Plague in India, 1896, 1897 - Volume 2
Year: 1896
Disease focus: Plague
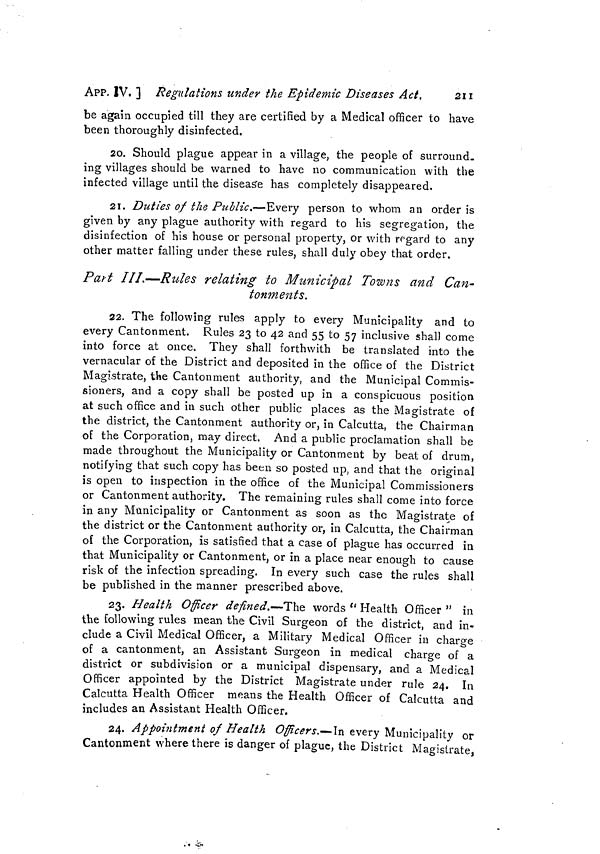
254
Measures to prevent the
[ APP. IX,
and either desiring not to land passengers or to land them in quaran-
tine : and also for the case of ships, whether using Aden merely as a
port of call or not, which desire to tranship passengers to other ships
in quarantine.
6. I am to invite attention to the recommendation of the Advo-
cate General that the earliest opportunity should be taken of redraft-
ing the rules.
Report by the Remembrancer of Legal Affairs, dated 5th February
1897.
I have found it a difficult task to say how the proposed modifica-
tions in these rules should be worded.
The object in itself is simple, viz., as stated in the Gazette Extra-
ordinary of the 3rd instant, to impose quarantine "on persons land'
ing at Aden up to 10 days from date of leaving Bombay or Karachi."
Cf. telegram of Government of India, dated 2nd instant.
2. The first point is with regard to Rule III. As first altered (in
ink) the rule would impose quarantine on all vessels from Bombay (or
Karachi) coming to Aden, whether they landed persons at Aden or
not. This would obviously go beyond the original intention of the
amendment and would cause inconvenience.
3. There seem to be two ways of meeting the difficulty, either (a)
to make rule of detention apply to all vessels (from Bombay or
Karachi) adding a proviso in favour of vessels using Aden only as a
port of call, or (b) to leave the 1st part of Rule III unaltered (allowing
vessels showing a clean bill of health to go on their way) adding a
proviso regarding the detention of all persons landing at Aden.
* It is doubtful, however, whether
this rule is meant to apply (or is
practically worked as applying) to
vessels which do not wish to remain
at Aden.
4. Both modes have been suggested. The latter would seem better
to meet the original intention and to be the less cumbrous in form.
Both modes, however, would leave Rule IV untouched, and this rule
seems to require the detention of all vessels with plague on board,
whether they wish to land passengers
at Aden or not.* Moreover as soon
as we begin to modify the wording of
the rules, various practical difficulties
seem to arise regarding the way in which vessels only calling at Aden
(to land or tranship passengers) are to be distinguished from vessels
staying there for a longer period.
5. After much consideration and after looking to the actual sand
tion contained in the telegram of the Government of India I would
venture to suggest the following course.